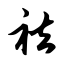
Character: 祛